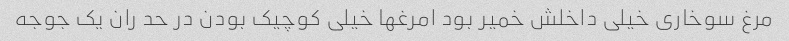
مرغ سوخاری خیلی داخلش خمیر بود امرغها خیلی کوچیک بودن در حد ران یک جوجه